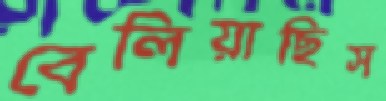
বেলিয়াছিস